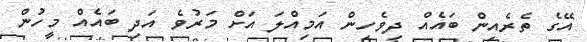
އޭގެ ތެރެއިން ބައެއް ދިވެހިން އަމިއްލަ އަށް މަރުވެ އަދި ބައެއް މީހުން